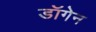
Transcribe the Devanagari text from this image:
डॉगेन